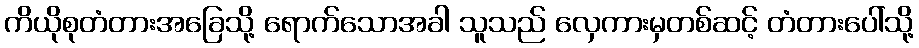
ကိယိုစုတံတားအခြေသို့ ရောက်သောအခါ သူသည် လှေကားမှတစ်ဆင့် တံတားပေါ်သို့